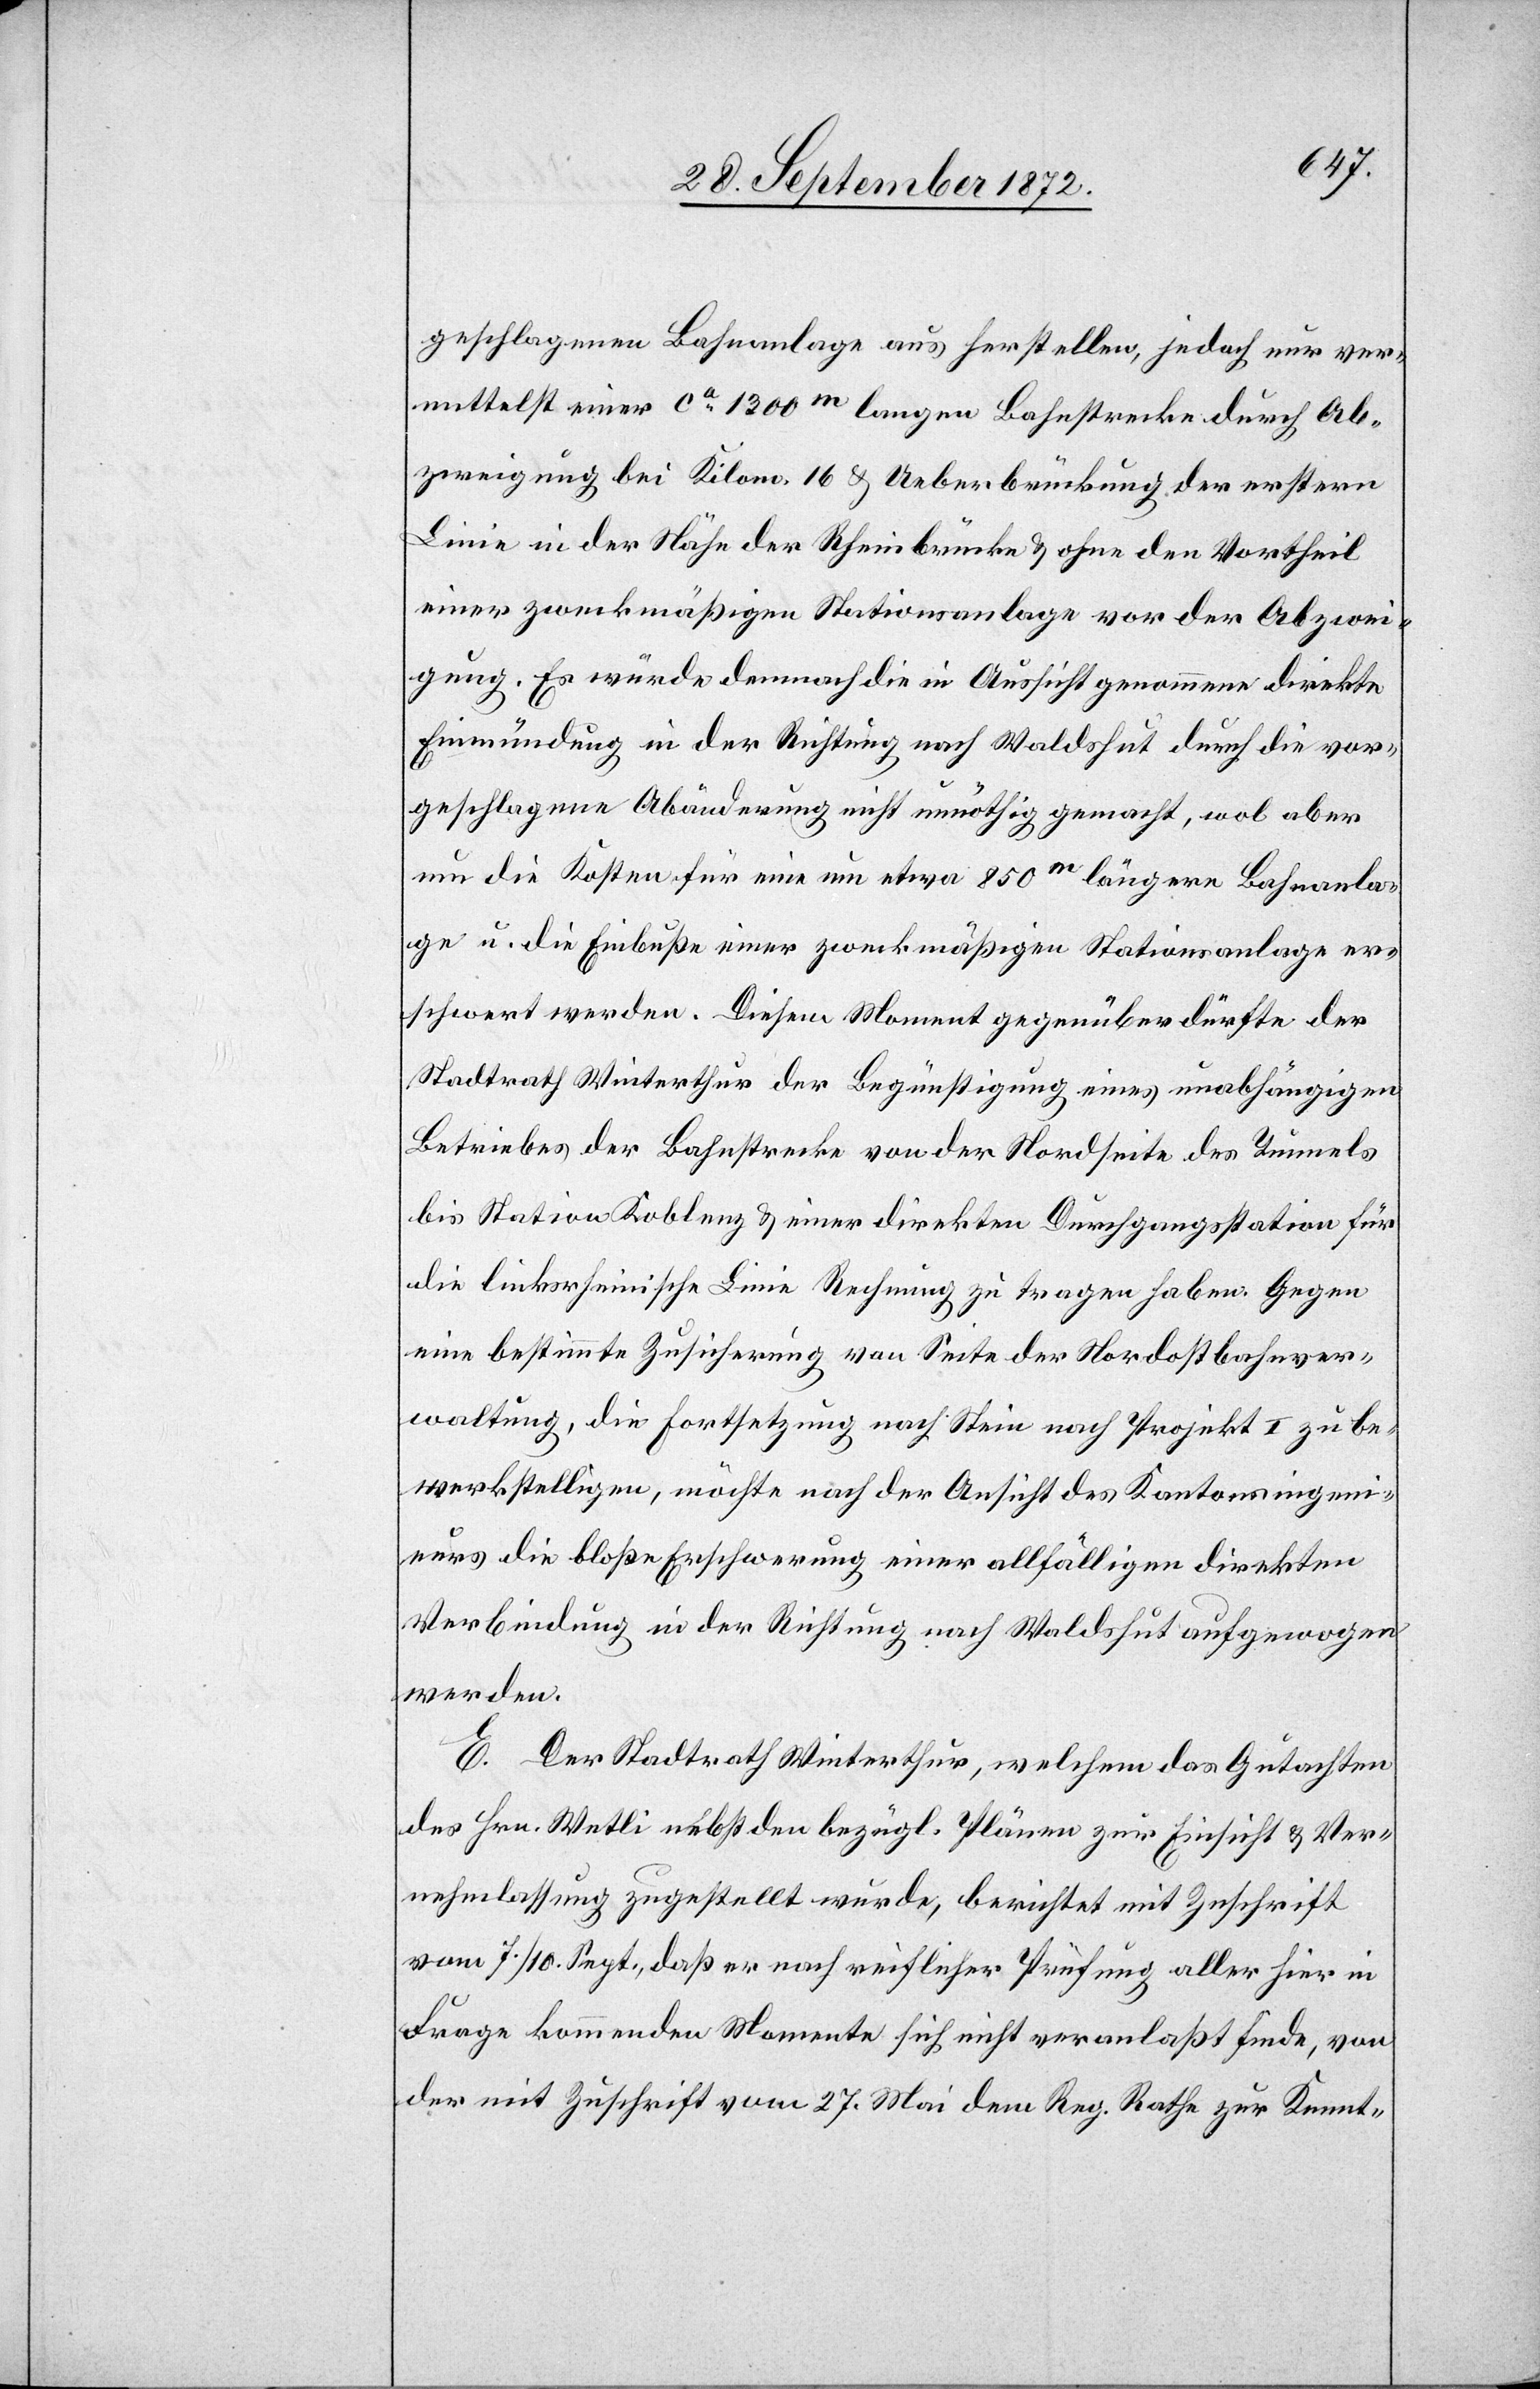
geschlagenen Bahnanlage aus herstellen, jedoch nur ver¬
mittelst einer ca 1300m langen Bahnstrecke durch Ab¬
zweigung bei Kilom. 16 u. Ueberbrückung der erstern
Linie in der Nähe der Rheinbrücke u. ohne den Vortheil
einer zweckmäßigen Stationsanlage vor der Abzwei¬
gung. Es würde demnach die in Aussicht genommene direkte
Einmündung in der Richtung nach Waldshut durch die vor¬
geschlagene Abänderung nicht unnöthig gemacht, wol aber
um die Kosten für eine um etwa 850m längere Bahnanla¬
ge u. die Einbuße einer zweckmäßigen Stationsanlage er¬
schwert werden. Diesem Moment gegenüber dürfte der
Stadtrath Winterthur der Begünstigung eines unabhängigen
Betriebes der Bahnstrecke von der Nordseite des Tunnels
bis Station Koblenz u. einer direkten Durchgangsstation für
die linksrheinische Linie Rechnung zu tragen haben. Gegen
eine bestimmte Zusicherung von Seite der Nordostbahnver¬
waltung, die Fortsetzung nach Stein nach Projekt I zu be¬
werkstelligen, möchte nach der Ansicht des Kantonsingeni¬
eurs die bloße Erschwerung einer allfälligen direkten
Verbindung in der Richtung nach Waldshut aufgewogen
werden.
E. Der Stadtrath Winterthur, welchem das Gutachten
des Hrn. Wetli [sic!] nebst den bezügl. Plänen zur Einsicht u. Ver¬
nehmlassung zugestellt wurde, berichtet mit Zuschrift
vom 7./10. Sept., daß er nach reiflicher Prüfung aller hier in
Frage kommenden Momente sich nicht veranlaßt finde, von
der mit Zuschrift vom 27. Mai dem Reg. Rathe zur Kennt-